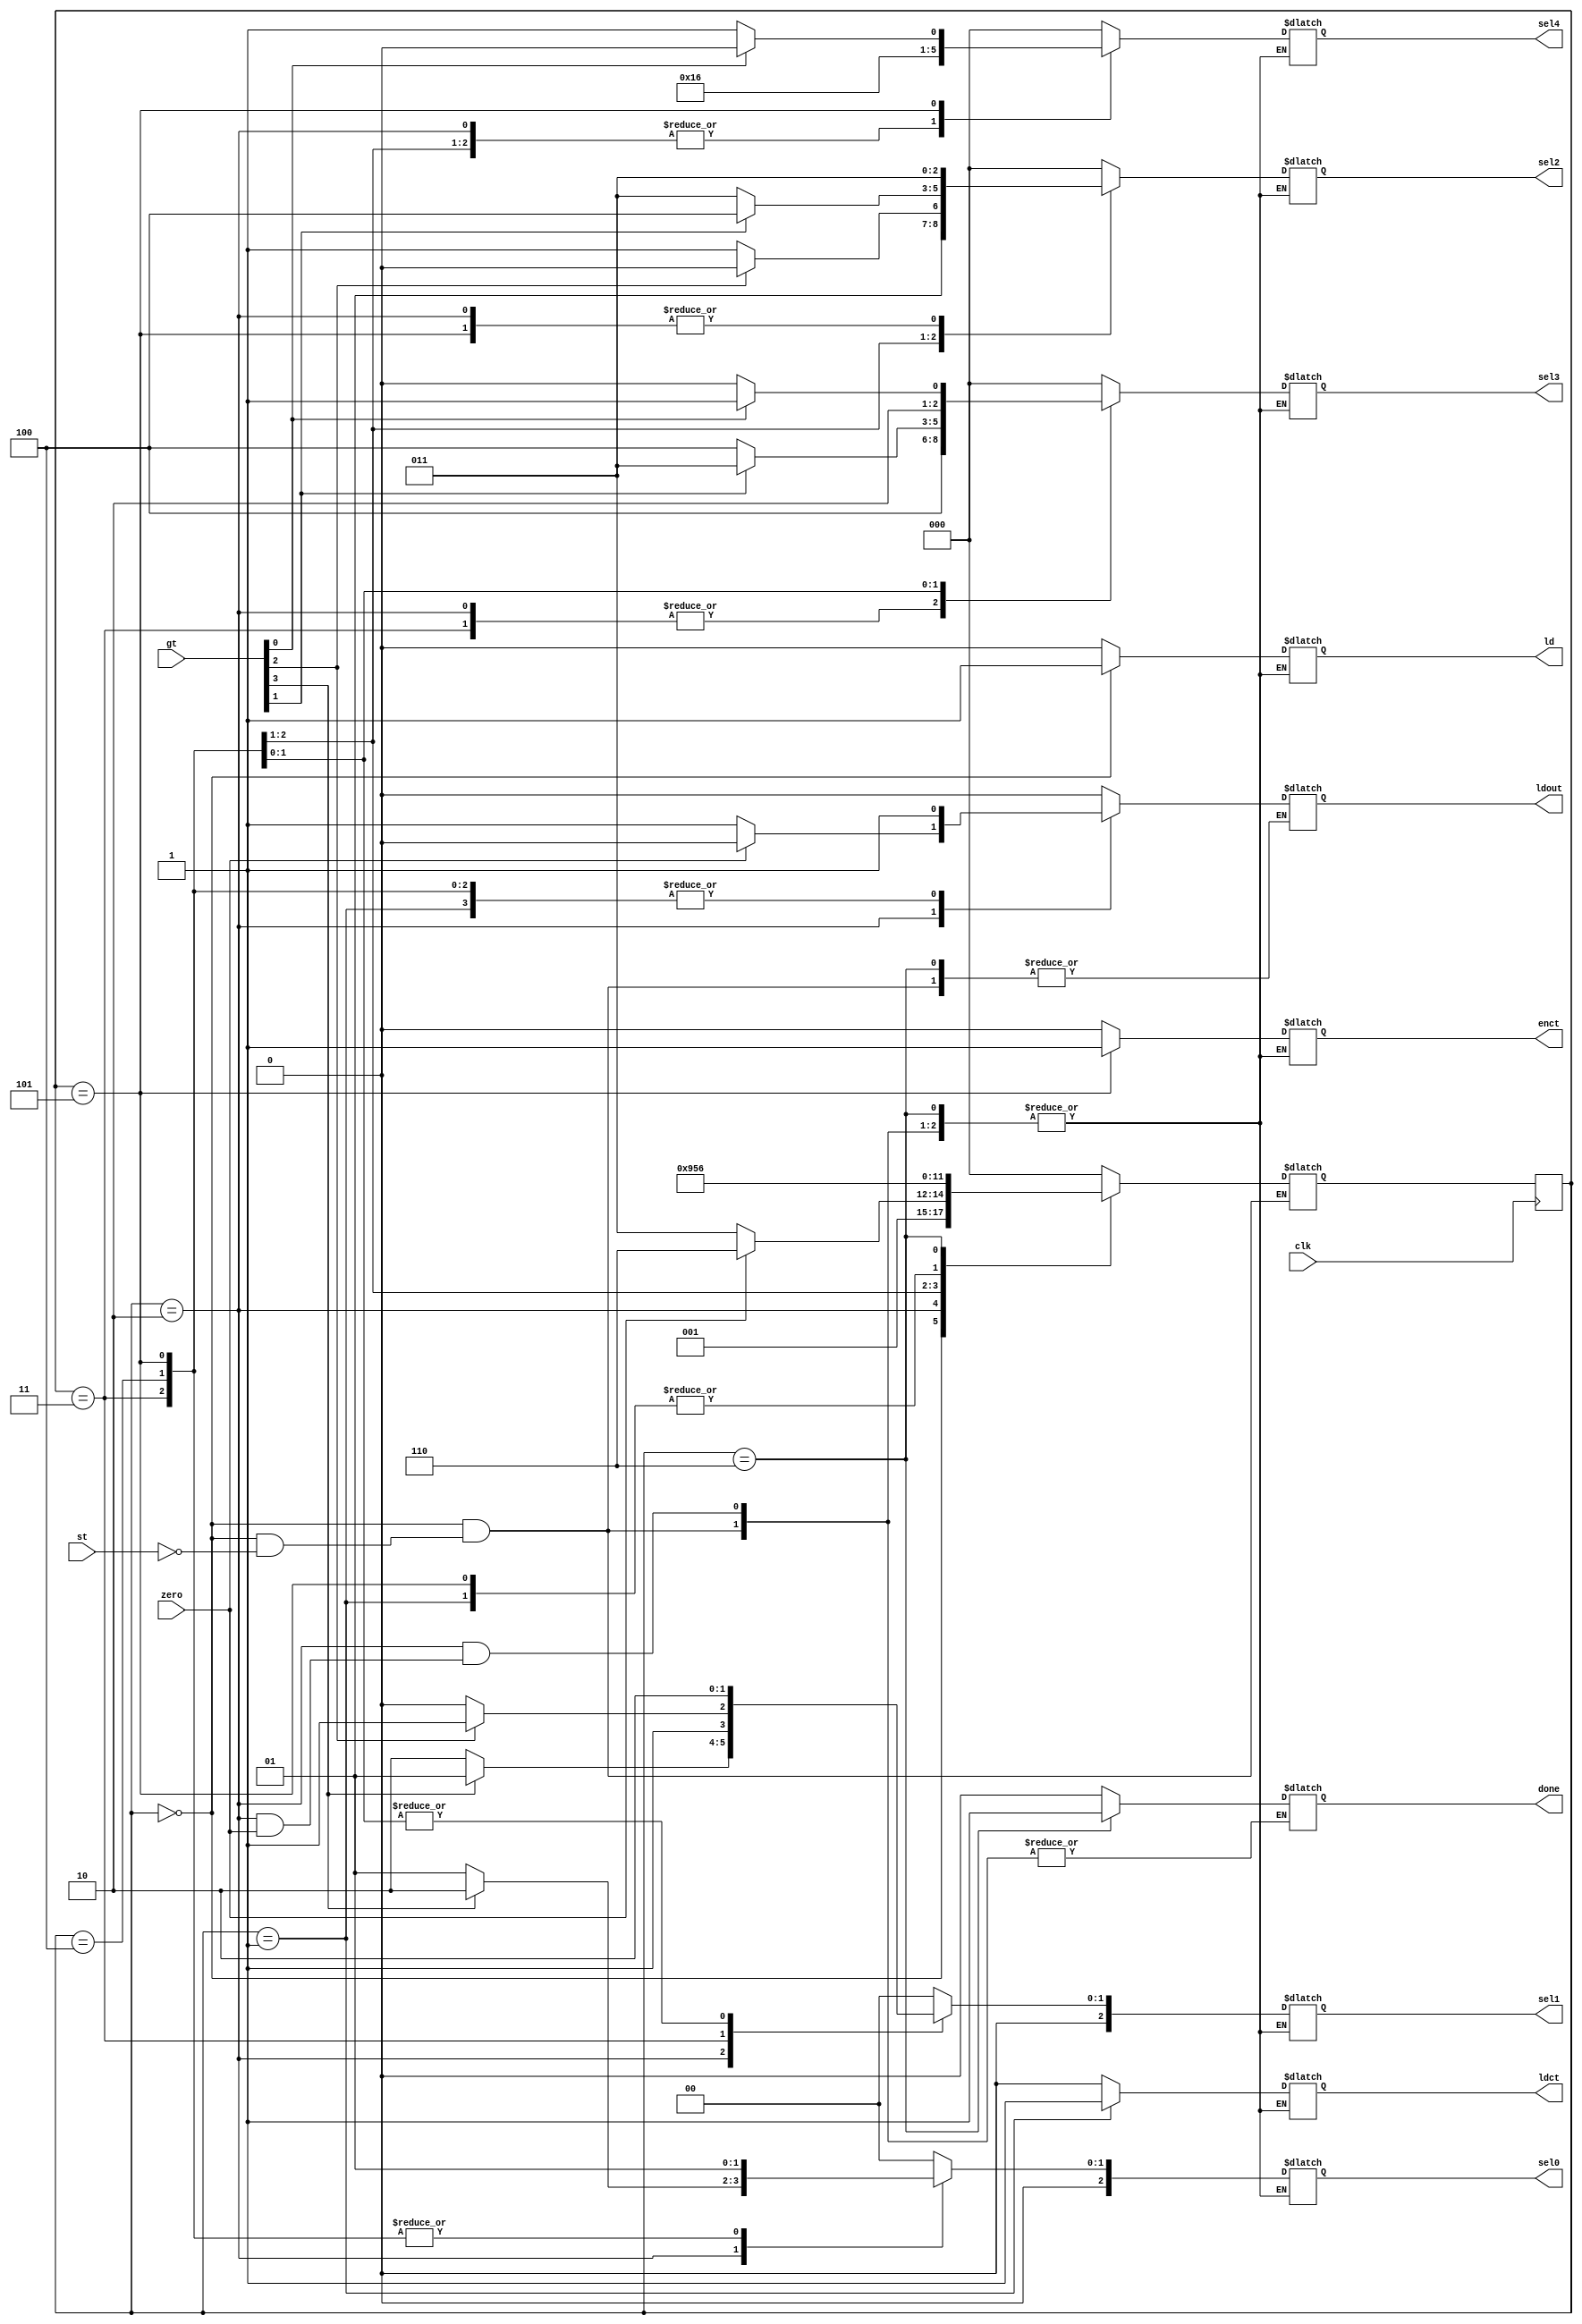
`timescale 1ns / 1ps
//////////////////////////////////////////////////////////////////////////////////
// Company: 
// Engineer: 
// 
// Design Name: 
// Module Name: bubblecp
// Project Name: 
// Target Devices: 
// Tool Versions: 
// Description: 
// 
// Dependencies: 
// 
// Revision:
// Revision 0.01 - File Created
// Additional Comments:
// 
//////////////////////////////////////////////////////////////////////////////////


module bubblecp(output reg ld,ldout,ldct, enct,done, output reg [2:0] sel0,sel1,sel2,sel3,sel4, input [3:0] gt, input zero,clk,st );
reg [2:0] state, next_state;
parameter s0= 3'b000, s1= 3'b001, s2=3'b010, s3=3'b011, s4=3'b100, s5=3'b101, s6=3'b110, s7=3'b111;
always @(posedge clk)
    state <= next_state;
always @(state,st,gt)
case (state)
    s0 : if(st) begin ld=1; ldout=0;ldct=0; enct=0; sel0=0;sel1=0;sel2=0;sel3=0;sel4=0;done=0; next_state = s1; end
    s1 : begin ld=0; ldout=1; ldct=1; enct=0; sel0=0;sel1=0;sel2=0;sel3=0;sel4=0;done=0; next_state = s2; end
    s2 : if(zero) begin ldout=0;next_state=s6; end
         else
          begin if(gt[3]) begin ld=0; ldout=1; ldct=0; enct=0;  sel0=3'b010;sel1=3'b001;sel2=3'b011;sel3=3'b100;sel4=3'b101;done=0;  end 
          else begin ld=0; ldout=1; ldct=0; enct=0;sel0=3'b001;sel1=3'b010;sel2=3'b011;sel3=3'b100;sel4=3'b101;done=0; end
          next_state = s3; end
    s3 : begin if(gt[2]) begin ld=0; ldout=1; ldct=0; enct=0; sel0=3'b001;sel1=3'b011;sel2=3'b010;sel3=3'b100;sel4=3'b101;done=0;  end
         else begin ld=0; ldout=1; ldct=0; enct=0;sel0=3'b001;sel1=3'b010;sel2=3'b011;sel3=3'b100;sel4=3'b101;done=0; end
         next_state = s4; end
    s4 : begin if(gt[1]) begin ld=0; ldout=1; ldct=0; enct=0;sel0=3'b001;sel1=3'b010;sel2=3'b100;sel3=3'b011;sel4=3'b101;done=0;  end
         else begin ld=0; ld=0; ldout=1; ldct=0; enct=0;sel0=3'b001;sel1=3'b010;sel2=3'b011;sel3=3'b100;sel4=3'b101;done=0; end
         next_state = s5; end 
    s5 : begin if(gt[0]) begin ld=0; ldout=1;ldct=0; enct=1; sel0=3'b001;sel1=3'b010;sel2=3'b011;sel3=3'b101;sel4=3'b100;done=0;  end
         else begin ld=0; ldout=1; ldct=0; enct=1;sel0=3'b001;sel1=3'b010;sel2=3'b011;sel3=3'b100;sel4=3'b101;done=0; end
         next_state = s2; end
    s6 : begin done =1; next_state = s6; end
    default : begin ld=0; ldout=0; ldct=0; enct=0; sel0=0;sel1=0;sel2=0;sel3=0;sel4=0;done=0; next_state=s0; end
endcase
endmodule